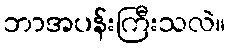
ဘာအပန်းကြီးသလဲ။